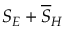
S _ { E } + \overline { { S } } _ { H }